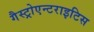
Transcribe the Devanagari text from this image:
गैस्ट्रोएन्टराइटिस